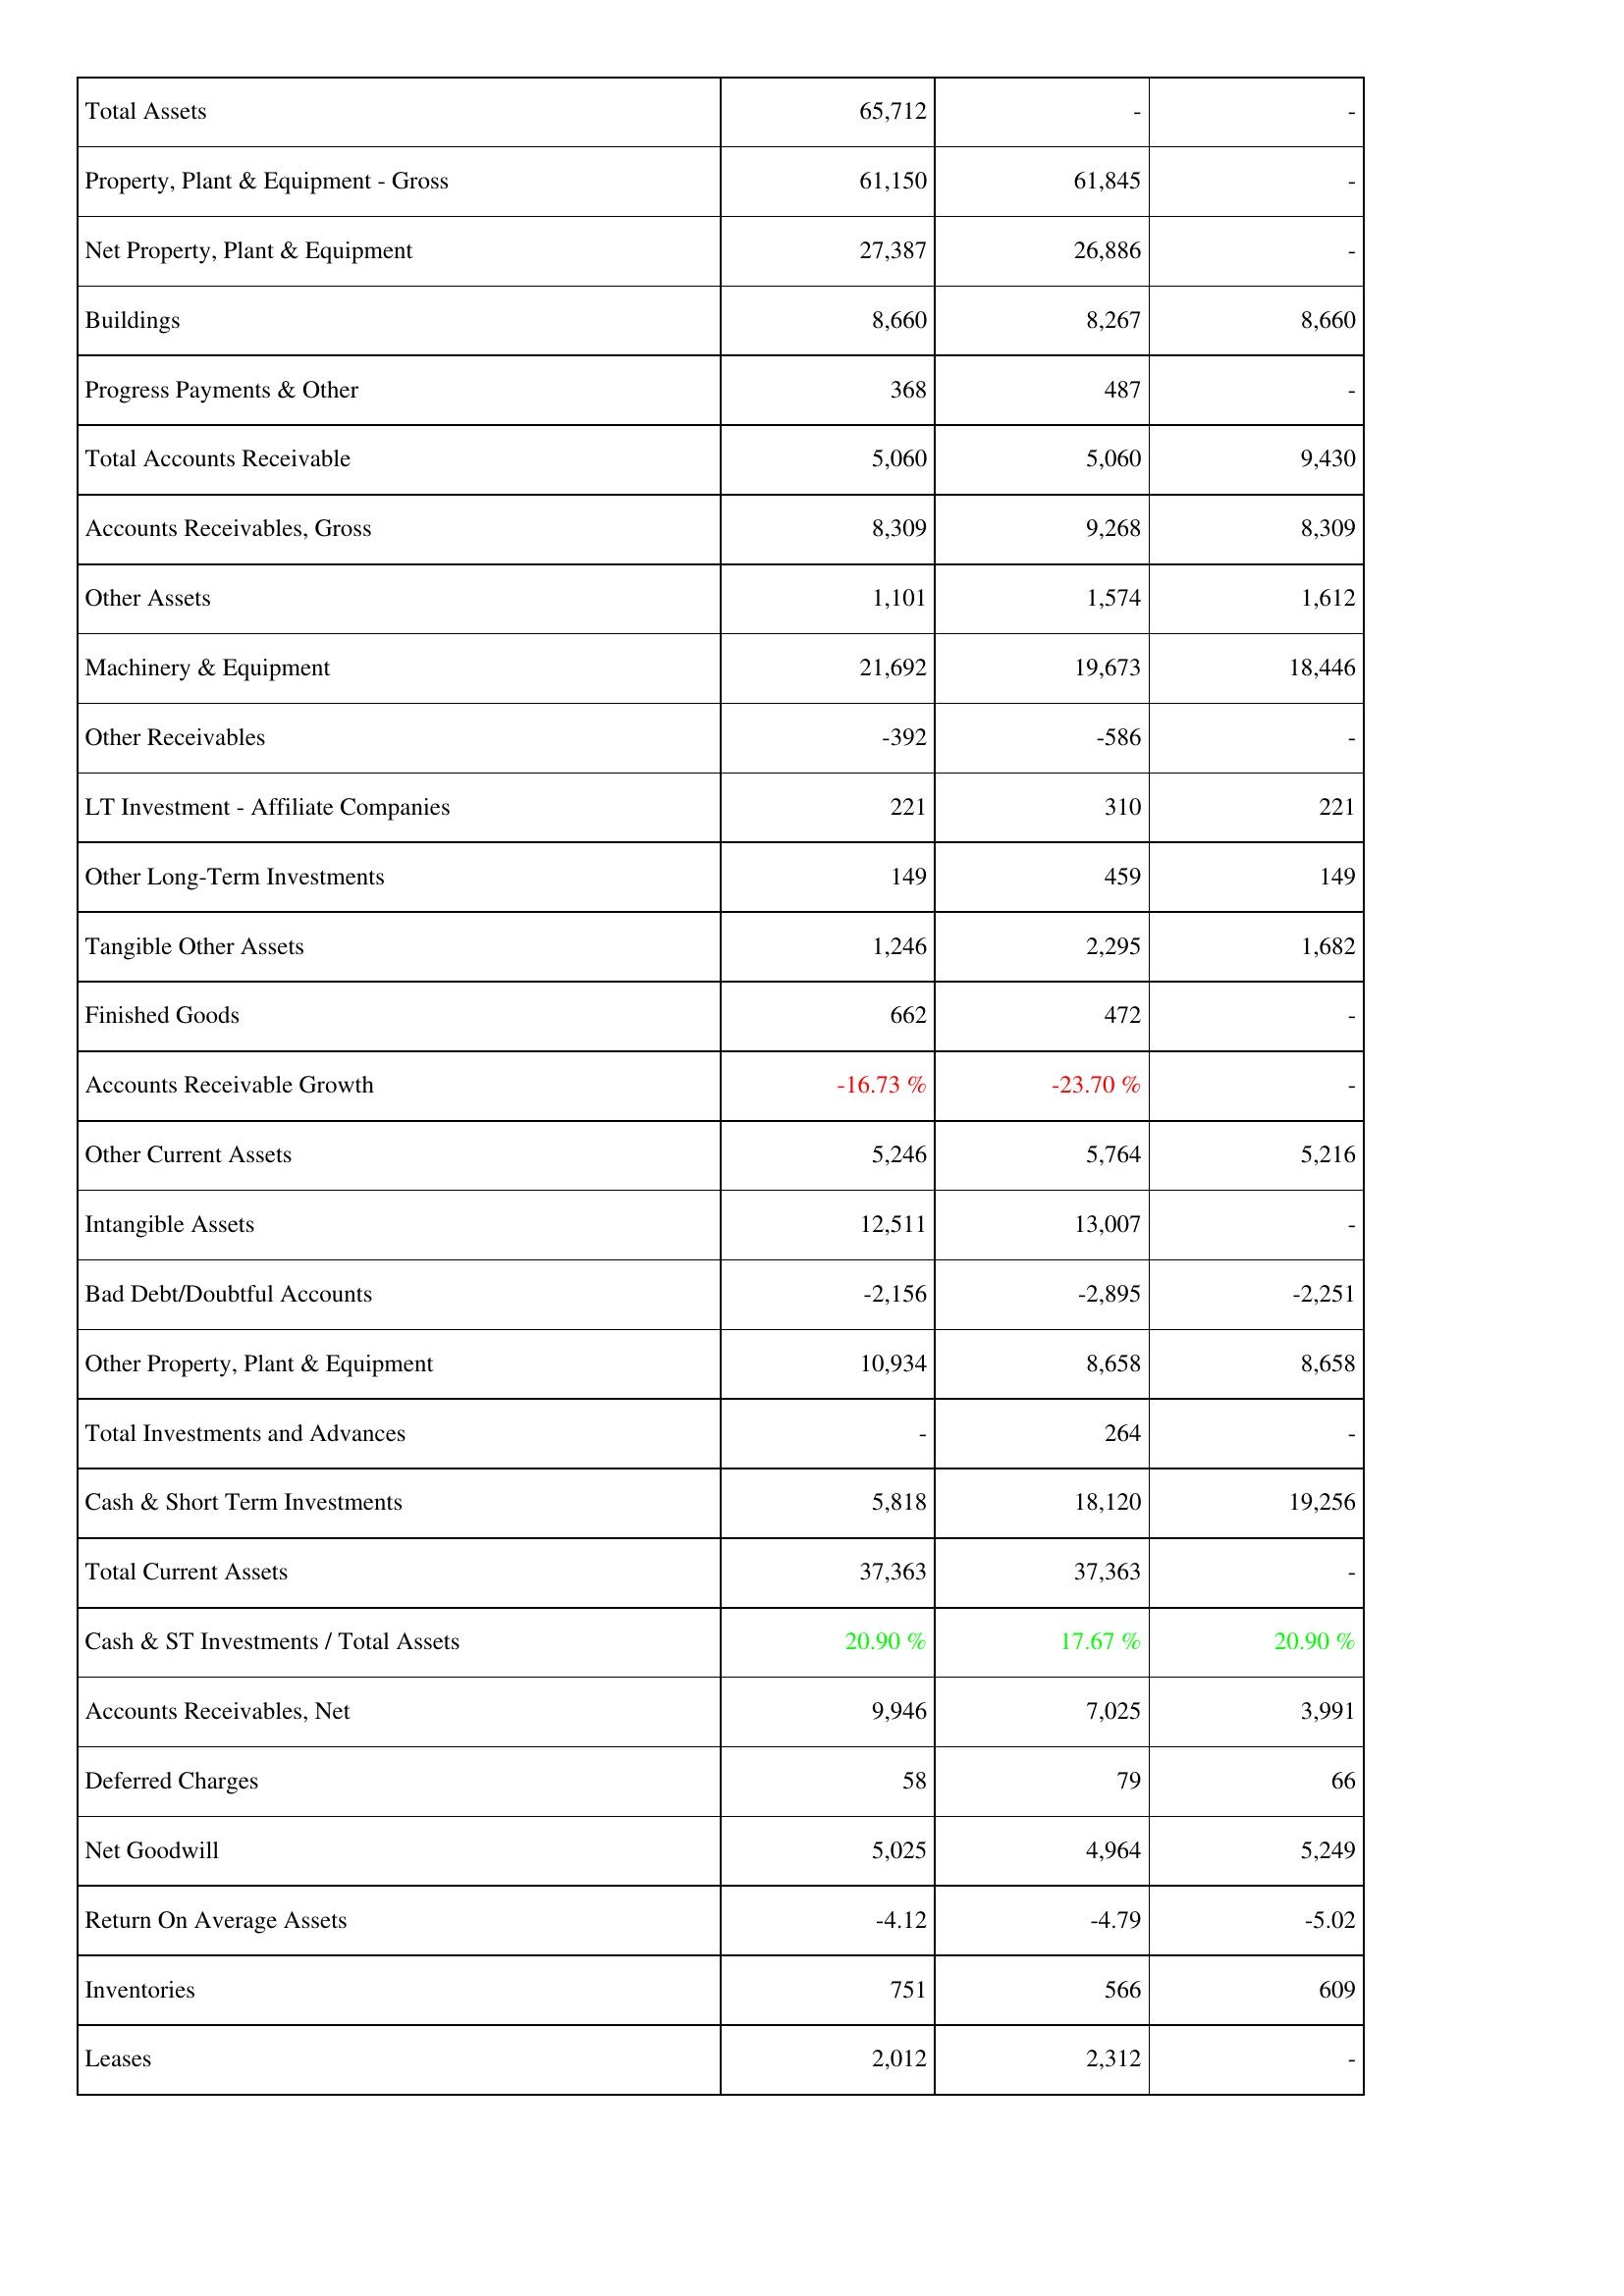
2014: Assets: Total Assets: 65,712
Property, Plant & Equipment - Gross: 61,150
Net Property, Plant & Equipment: 27,387
Buildings: 8,660
Progress Payments & Other: 368
Total Accounts Receivable: 5,060
Accounts Receivables, Gross: 8,309
Other Assets: 1,101
Machinery & Equipment: 21,692
Other Receivables: -392
LT Investment - Affiliate Companies: 221
Other Long-Term Investments: 149
Tangible Other Assets: 1,246
Finished Goods: 662
Accounts Receivable Growth: -16.73 %
Other Current Assets: 5,246
Intangible Assets: 12,511
Bad Debt/Doubtful Accounts: -2,156
Other Property, Plant & Equipment: 10,934
Total Investments and Advances: -
Cash & Short Term Investments: 5,818
Total Current Assets: 37,363
Cash & ST Investments / Total Assets: 20.90 %
Accounts Receivables, Net: 9,946
Deferred Charges: 58
Net Goodwill: 5,025
Return On Average Assets: -4.12
Inventories: 751
Leases: 2,012
2013: Assets: Total Assets: -
Property, Plant & Equipment - Gross: 61,845
Net Property, Plant & Equipment: 26,886
Buildings: 8,267
Progress Payments & Other: 487
Total Accounts Receivable: 5,060
Accounts Receivables, Gross: 9,268
Other Assets: 1,574
Machinery & Equipment: 19,673
Other Receivables: -586
LT Investment - Affiliate Companies: 310
Other Long-Term Investments: 459
Tangible Other Assets: 2,295
Finished Goods: 472
Accounts Receivable Growth: -23.70 %
Other Current Assets: 5,764
Intangible Assets: 13,007
Bad Debt/Doubtful Accounts: -2,895
Other Property, Plant & Equipment: 8,658
Total Investments and Advances: 264
Cash & Short Term Investments: 18,120
Total Current Assets: 37,363
Cash & ST Investments / Total Assets: 17.67 %
Accounts Receivables, Net: 7,025
Deferred Charges: 79
Net Goodwill: 4,964
Return On Average Assets: -4.79
Inventories: 566
Leases: 2,312
2012: Assets: Total Assets: -
Property, Plant & Equipment - Gross: -
Net Property, Plant & Equipment: -
Buildings: 8,660
Progress Payments & Other: -
Total Accounts Receivable: 9,430
Accounts Receivables, Gross: 8,309
Other Assets: 1,612
Machinery & Equipment: 18,446
Other Receivables: -
LT Investment - Affiliate Companies: 221
Other Long-Term Investments: 149
Tangible Other Assets: 1,682
Finished Goods: -
Accounts Receivable Growth: -
Other Current Assets: 5,216
Intangible Assets: -
Bad Debt/Doubtful Accounts: -2,251
Other Property, Plant & Equipment: 8,658
Total Investments and Advances: -
Cash & Short Term Investments: 19,256
Total Current Assets: -
Cash & ST Investments / Total Assets: 20.90 %
Accounts Receivables, Net: 3,991
Deferred Charges: 66
Net Goodwill: 5,249
Return On Average Assets: -5.02
Inventories: 609
Leases: -